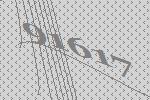
91617